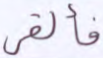
فألقي